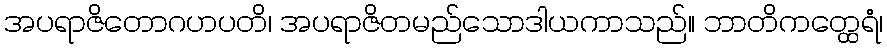
အပရာဇိတောဂဟပတိ၊ အပရာဇိတမည်သောဒါယကာသည်။ ဘာတိကတ္ထေရံ၊